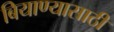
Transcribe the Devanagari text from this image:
बियाण्यासाठी